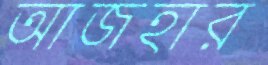
আজহার